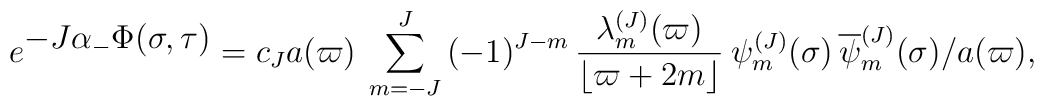
e^{\textstyle -J\alpha_-\Phi(\sigma, \tau )}=c_J a(\varpi)\>\sum _{m=-J}^J \, (-1)^{J-m}\,{\lambda_m^{(J)}(\varpi)\over \lfloor \varpi+2m\rfloor } \>\psi_m^{(J)}(\sigma)\,{\overline \psi_{m}^{(J)}}(\sigma) \bigr / a(\varpi),